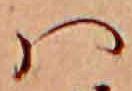
ハ